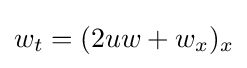
w_{t}=(2uw+w_{x})_{x}